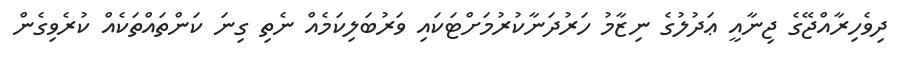
ދިވެހިރާއްޖޭގެ ޖިނާއީ ޢަދުލުގެ ނިޒާމު ހަރުދަނާކުރުމަށްޓަކައި ވަރުބަލިކަމެއް ނެތި ގިނަ ކަންތައްތަކެއް ކުރެވިގެން